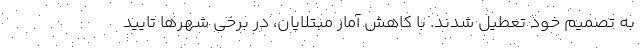
به تصمیم خود تعطیل شدند. با کاهش آمار مبتلایان، در برخی شهرها تایید